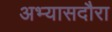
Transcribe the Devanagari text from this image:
अभ्यासदौरा